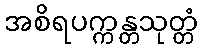
အစိရပက္ကန္တသုတ္တံ